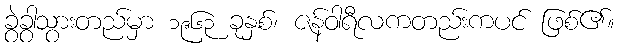
ခွဲခွာသွားတည်မှာ ၁၉၆၃ ခုနှစ်၊ ဇန်ဝါရီလကတည်းကပင် ဖြစ်၏။